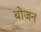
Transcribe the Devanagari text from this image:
बोजन